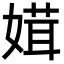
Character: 媶